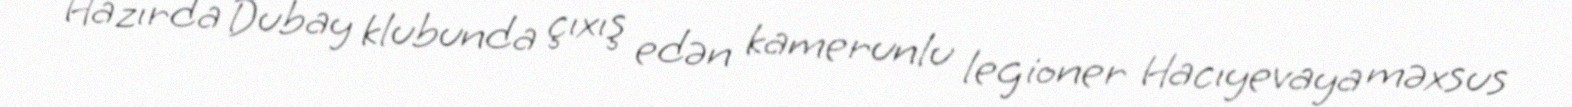
Hazırda Dubay klubunda çıxış edən kamerunlu legioner Hacıyevaya məxsus